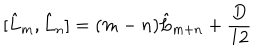
\lbrack \hat { L } _ { m } , \hat { L } _ { n } ] = ( m - n ) \hat { L } _ { m + n } + \frac { D } { 1 2 }